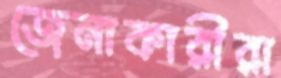
জেনাকারীরা